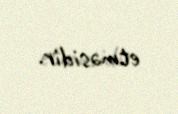
etməsidir.